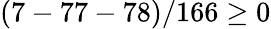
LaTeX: (7-77-78)/166\geq 0